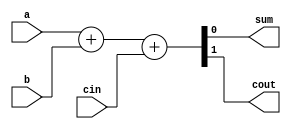
`timescale 1ns / 1ps
//////////////////////////////////////////////////////////////////////////////////
// Company: 
// Engineer: 
// 
// Design Name: 
// Module Name: bit1_FA
// Project Name: 
// Target Devices: 
// Tool Versions: 
// Description: 
// 
// Dependencies: 
// 
// Revision:
// Revision 0.01 - File Created
// Additional Comments:
// 
//////////////////////////////////////////////////////////////////////////////////


module bit1_FA(a,b,cin,sum,cout);
input a,b,cin;
output sum,cout;
assign{cout,sum}=a+b+cin;

endmodule